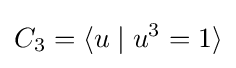
C_{3}=\langle u\mid u^{3}=1\rangle